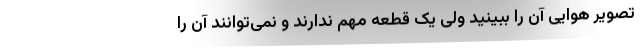
تصویر هوایی آن را ببینید ولی یک قطعه مهم ندارند و نمی‌توانند آن را